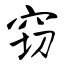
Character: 窃